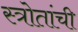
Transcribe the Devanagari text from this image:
स्त्रोतांची